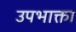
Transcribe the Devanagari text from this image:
उपभाक्ता